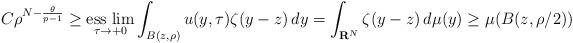
LaTeX: \begin{align*}C\rho^{N-\frac{\theta}{p-1}}\ge\underset{\tau\to+0}{\mbox{{\rm ess lim}}}\int_{B(z,\rho)}u(y,\tau)\zeta(y-z)\,dy=\int_{{\bf R}^N}\zeta(y-z)\,d\mu(y)\ge\mu(B(z,\rho/2))\end{align*}